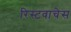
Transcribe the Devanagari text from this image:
रिस्टवाचेस